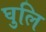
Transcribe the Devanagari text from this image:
घुलि